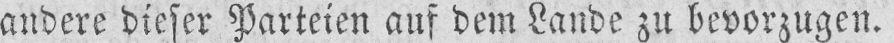
andere dieser Parteien auf dem Lande zu bevorzugen.